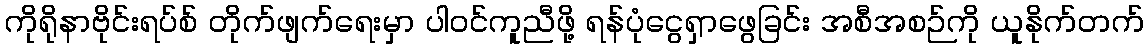
ကိုရိုနာဗိုင်းရပ်စ် တိုက်ဖျက်ရေးမှာ ပါဝင်ကူညီဖို့ ရန်ပုံငွေရှာဖွေခြင်း အစီအစဉ်ကို ယူနိုက်တက်